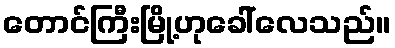
တောင်ကြီးမြို့ဟုခေါ်လေသည်။